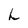
Character: h